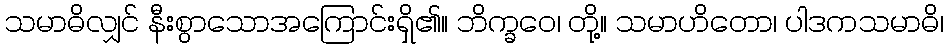
သမာဓိလျှင် နီးစွာသောအကြောင်းရှိ၏။ ဘိက္ခဝေ၊ တို့။ သမာဟိတော၊ ပါဒကသမာဓိ၊